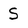
Character: S